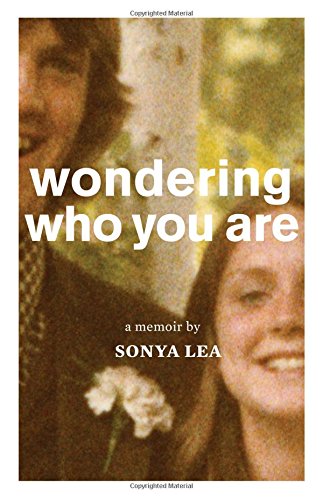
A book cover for Wondering Who You Are: A Memoir; Sonya Lea; Biographies & Memoirs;